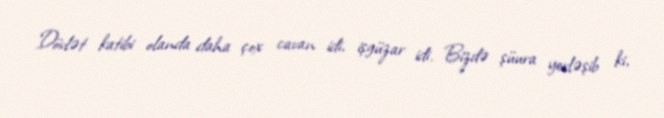
Dövlət katibi olanda daha çox cavan idi, işgüzar idi. Bizdə şüura yerləşib ki,